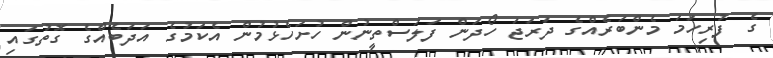
ގެ ފުރިހަމަ މެންބަރެއްގެ ދަރަޖަ ހޯދަން ފަލަސްތީނުން ހުށަހެޅުމުން އެކަމުގެ އަދަބެއްގެ ގޮތުގައި